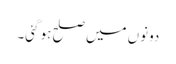
دونوں میں صلح ہو گئی۔